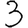
Digit: 3